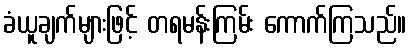
ခံယူချက်များဖြင့် တရမန်းကြမ်း ကောက်ကြသည်။